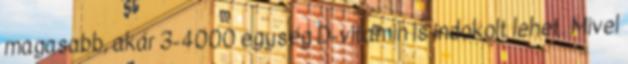
magasabb, akár 3-4000 egység D-vitamin is indokolt lehet. Mivel